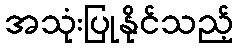
အသုံးပြုနိုင်သည့်